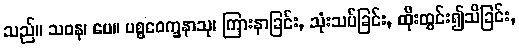
သည်။ သဝန၊ ပေ။ ပစ္စဝေက္ခနာသု၊ ကြားနာခြင်း, သုံးသပ်ခြင်း, ထိုးထွင်း၍သိခြင်း,